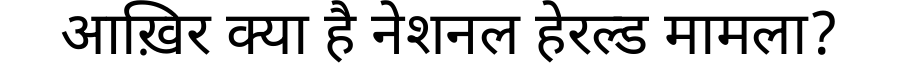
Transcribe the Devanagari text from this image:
आख़िर क्या है नेशनल हेरल्ड मामला?